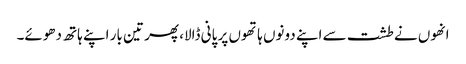
انھوں نے طشت سے اپنے دونوں ہاتھوں پر پانی ڈالا، پھر تین بار اپنے ہاتھ دھوئے۔